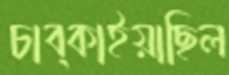
চাব্‌কাইয়াছিল